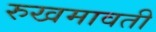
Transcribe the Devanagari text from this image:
रुखमावती